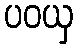
ပဝယှ